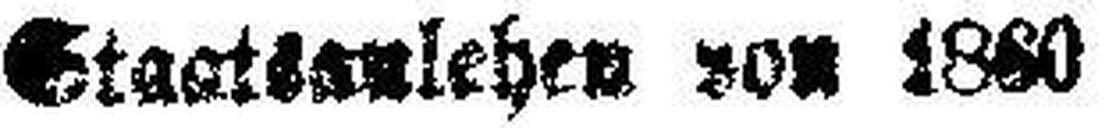
Staatsanlehen von 1880